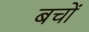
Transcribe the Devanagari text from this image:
बचों